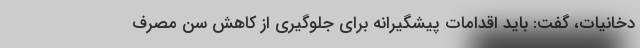
دخانیات، گفت: باید اقدامات پیشگیرانه برای جلوگیری از کاهش سن مصرف